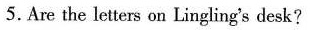
5.Are the letters on Lingl ing's desk?